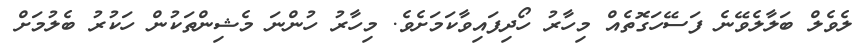
ލެވެލް ބަލާލެވޭނެ ފަސޭހަގޮތެއް މިހާރު ހޯދިފައިވާކަމަށެވެ. މިހާރު ހުންނަ މެޝިންތަކުން ހަކުރު ބެލުމަށް